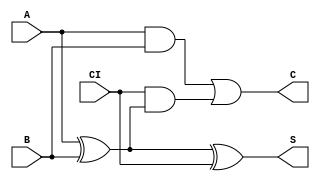
module full(A, B, CI, C, S);
	input A, B, CI;
	output C, S;
	
	assign S = A ^ B ^ CI;
	assign C = (A & B) | (CI & (A ^ B));

endmodule